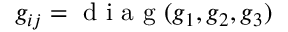
g _ { i j } = \mathrm { ~ d ~ i ~ a ~ g ~ } ( g _ { 1 } , g _ { 2 } , g _ { 3 } )